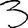
Digit: 3